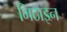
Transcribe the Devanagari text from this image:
मिठाइन